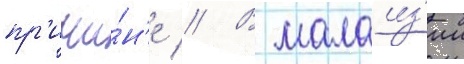
пр'ичи́н'е // В малаиз'ии